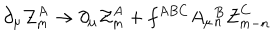
LaTeX: \partial _ { \mu } { \cal Z } _ { m } ^ { A } \to \partial _ { \mu } { \cal Z } _ { m } ^ { A } + f ^ { A B C } A _ { \mu } { } _ { n } ^ { B } { \cal Z } _ { m - n } ^ { C }